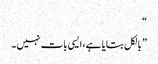
“
” بالکل بتایا ہے، ایسی بات نہیں ۔